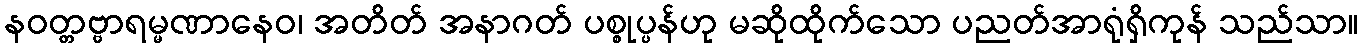
နဝတ္တဗ္ဗာရမ္မဏာနေဝ၊ အတိတ် အနာဂတ် ပစ္စုပ္ပန်ဟု မဆိုထိုက်သော ပညတ်အာရုံရှိကုန် သည်သာ။